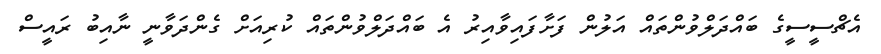
އެޗްސީސީގެ ބައްދަލްވުންތައް އަލުން ފަށާފައިވާއިރު އެ ބައްދަލްވުންތައް ކުރިއަށް ގެންދަވާނީ ނާއިބު ރައީސް